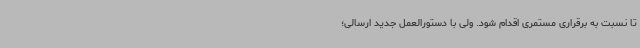
تا نسبت به برقراری مستمری اقدام شود. ولی با دستورالعمل جدید ارسالی؛